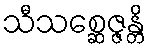
သီသစ္ဆေဇ္ဇန္တိ